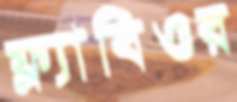
ফ্ল্যাবিওর